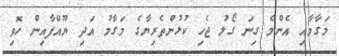
މަގާމާއި އެންމެ ގިނަ ގޯލު ޖެހި ކުޅުންތެރިޔާގެ މަގާމު އަދި ޔޫއޭފާއިން ހޮވި